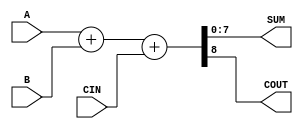
module ParameterizedAdder #(
    parameter WIDTH = 8  // Default width is set to 8 bits
)(
    input  wire [WIDTH-1:0] A,    // First operand
    input  wire [WIDTH-1:0] B,    // Second operand
    input  wire CIN,               // Carry-in (optional, can be treated as 1-bit)
    output wire [WIDTH-1:0] SUM,   // Sum output
    output wire COUT               // Carry-out (optional)
);

    // Internal addition using behavioral modeling
    assign {COUT, SUM} = A + B + CIN; // Calculate SUM with carry-out

endmodule